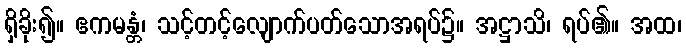
ရှိခိုး၍။ ဧကမန္တံ၊ သင့်တင့်လျောက်ပတ်သောအရပ်၌။ အဋ္ဌာသိ၊ ရပ်၏။ အထ၊